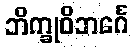
ဘိက္ခုဝိဘင်္ဂေ